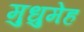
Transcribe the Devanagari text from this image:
मुधुमेह